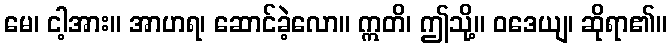
မေ၊ ငါ့အား။ အာဟရ၊ ဆောင်ခဲ့လော။ ဣတိ၊ ဤသို့။ ဝဒေယျ၊ ဆိုရာ၏။